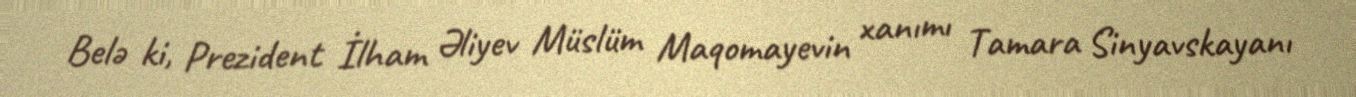
Belə ki, Prezident İlham Əliyev Müslüm Maqomayevin xanımı Tamara Sinyavskayanı